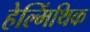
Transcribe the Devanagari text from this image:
हेल्मिंथिक